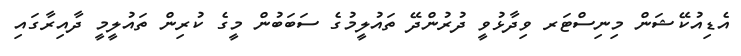
އެޑިއުކޭޝަން މިނިސްޓަރ ވިދާޅުވީ ދުރުންދޭ ތައުލީމުގެ ސަބަބުން މީގެ ކުރިން ތައުލީމީ ދާއިރާގައި